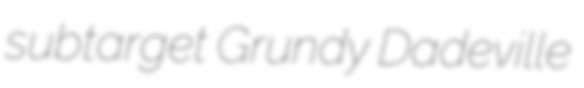
subtarget Grundy Dadeville